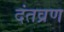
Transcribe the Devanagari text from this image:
दंतव्रण